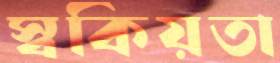
স্বকিয়তা